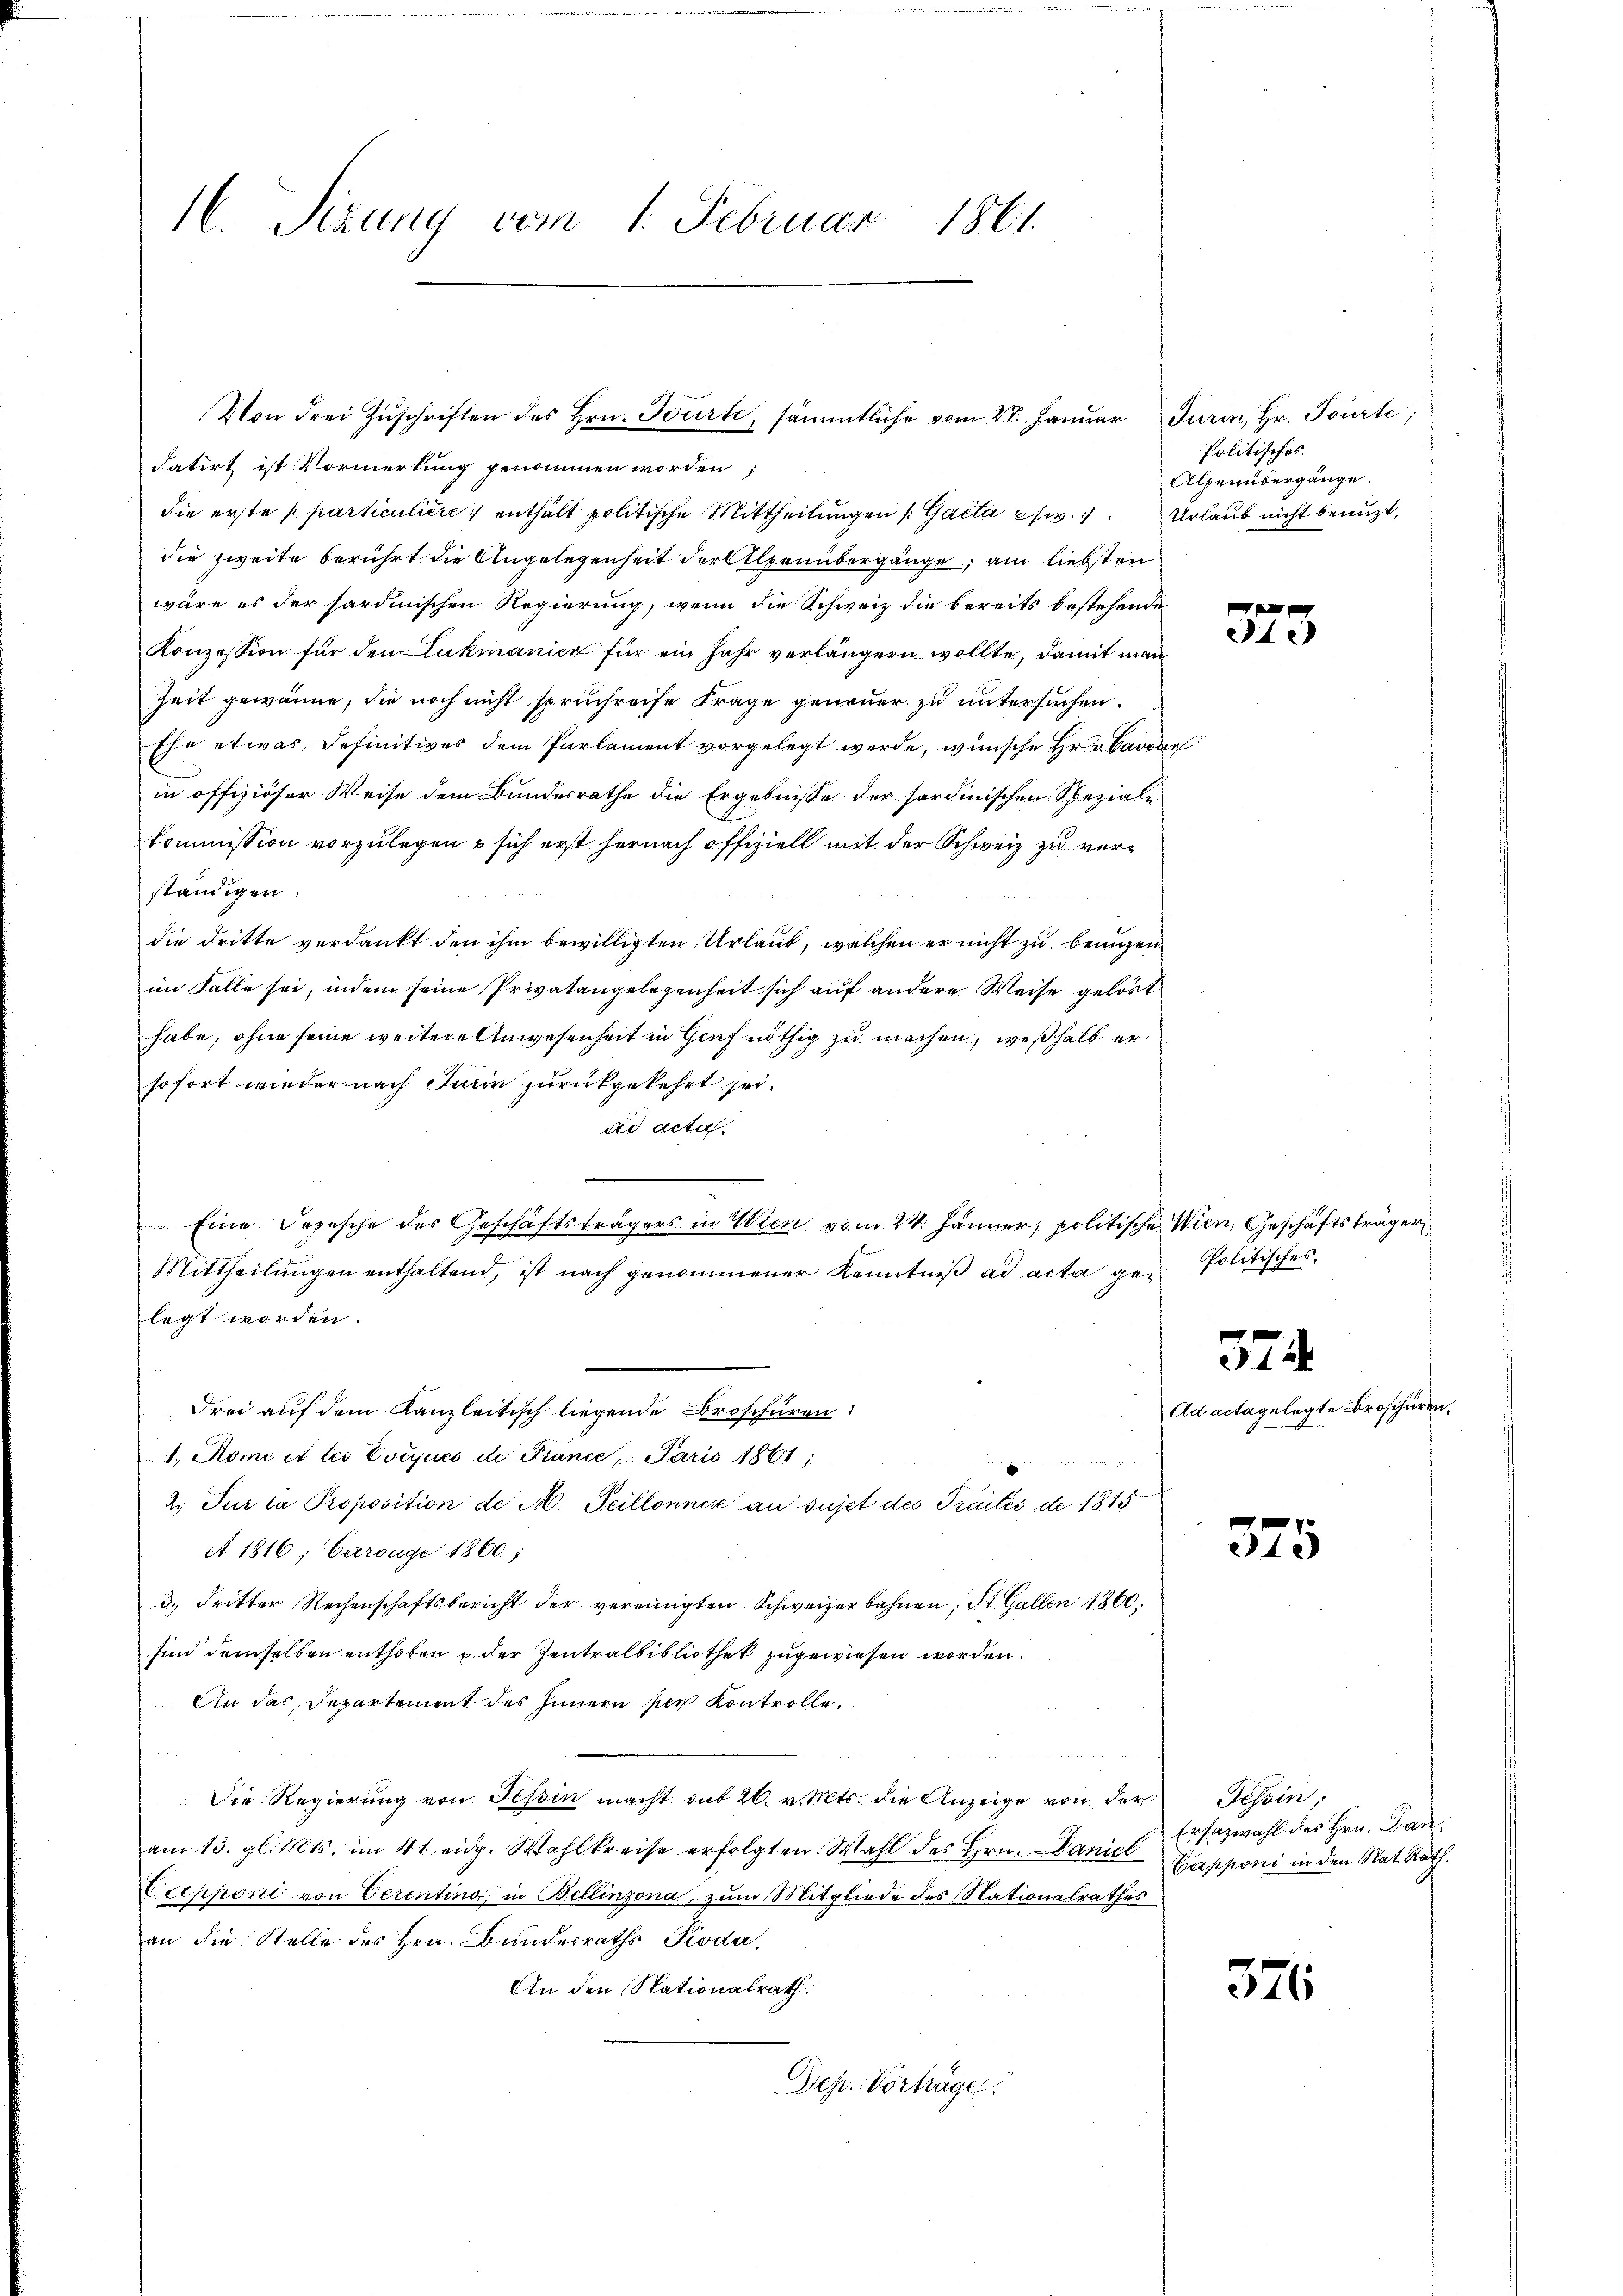
C. Sizung vom 1. Februar 1861.

datirt ist Vormerkung genommen worden,
die erste particulière enthält politische Mittheilungen (Gacta es w. Urlaub nicht benuzt,
die zweite berührt die Angelegenheit der Alpenübergänge, am liebsten
wäre es der sardinischen Regierung, wenn die Schweiz die bereits bestehende
Konzession für den Lukmanica für ein Jahr verlängern wollte, damit man
Zeit gewönne, die noch nicht spruchreife Frage genauer zu untersuchen.
Ehe etwas Definitives dem Parlament vorgelegt werde, wünsche Hr. v. Barone
in offiziöser Weise dem Bundesrathe die Ergebnisse der sordinischen Speziale
kommission vorzulegen  sich erst hernach offiziell mit der Schweiz zu verständigen.
die dritte verdankt den ihm bewilligten Urlaub, welchen er nicht zu beanzen
im Falle sei, indem seine Privatangelegenheit sich auf andere Weise gelöst
habe, ohne seine weitere Anwesenheit in Genf nöthig zu machen, weßhalb er
sofort wieder nach Jurin zurückgekehrt sei.
di acta
 Eine Depesche des Geschäftsträgers in Wien vom 24. Jänner, politische Wien, Geschäftsträger
Mittheilŭngen enthaltend, ist nach genommener Kenntniß ad acta gelegt werden.
Drei auf dem Kanzleitisch liegende Broschüren:
1. Rome et les Evéquci de France, Paris 1861;
n
2. Sur la Proposition de M. Peillonnex au sujet des Praités de 1815
A 1816; Carouge 1860;
3.) dritter Rechenschaftsbericht der vereinigten Schweizerbahnen, St. Gallen 1860.
sind demselben enthoben u. der Zentralbibliothek zugewiesen worden.
An das Departement des Innern per Kontrolle,
e
Die Regierung von Tessin macht mit 26. v. Mts. die Anzeige von der
am 13. gl. Mts. im 41 eidg. Wahlkreise erfolgten Wahl des Hrn. Daniel Canzoni in den Nat. Rath.
Cepponi von Verenting, in Bellinzona, zum Mitgliede des Nationalrathes
an die Stelle des Hrn. Bundesraths Pioda,
An den Nationalrath.
Diehr. Vorträge.

Von drei Zuschriften des Hrn. Tourte, sämmtliche vom 27. Januar

Turin, Hr. Tourte;
Politisches.
Alpenübergänge.

Ad actagen

575

Politisches,

374

325

Tessin,
Erfazwahl des Hrn. Dan

571

legte Broschüren,